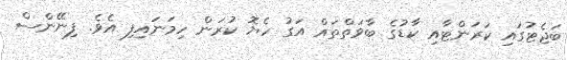
ބަޖެޓުގައި ކަރަންޓާއި ކާޑުގެ ބާވަތްތައް އަގު ހެޔޮ ކުރަން ހިމަނައިފި އެވެ. ފިނޭންސް